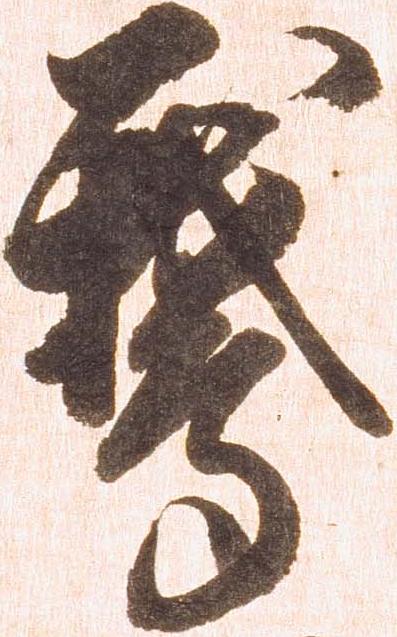
鵞